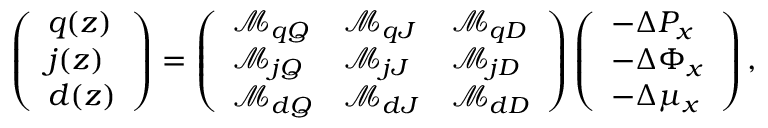
\begin{array} { r } { \left( \begin{array} { l } { q ( z ) } \\ { j ( z ) } \\ { d ( z ) } \end{array} \right) = \left( \begin{array} { l l l } { \mathcal { M } _ { q Q } } & { \mathcal { M } _ { q J } } & { \mathcal { M } _ { q D } } \\ { \mathcal { M } _ { j Q } } & { \mathcal { M } _ { j J } } & { \mathcal { M } _ { j D } } \\ { \mathcal { M } _ { d Q } } & { \mathcal { M } _ { d J } } & { \mathcal { M } _ { d D } } \end{array} \right) \left( \begin{array} { l } { - \Delta P _ { x } } \\ { - \Delta \Phi _ { x } } \\ { - \Delta \mu _ { x } } \end{array} \right) , } \end{array}